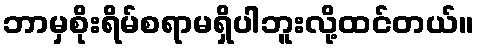
ဘာမှစိုးရိမ်စရာမရှိပါဘူးလို့ထင်တယ်။